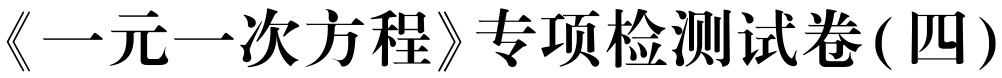
《一元一次方程》专项检测试卷(四)